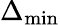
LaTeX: \Delta_{\mathrm{min}}